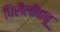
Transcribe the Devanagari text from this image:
धिरौलीबाबू